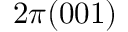
2 \pi ( 0 0 1 )